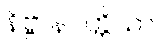
နိဗ္ဗာနပတ္တိယာ